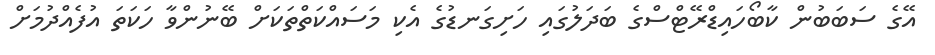
އޭގެ ސަބަބުން ކާބޯހައިޑްރޭޓްސްގެ ބަދަލުގައި ހަށިގަނޑުގެ އެކި މަސައްކަތްތަކަށް ބޭނުންވާ ހަކަތަ އުފެެއްދުމަށް